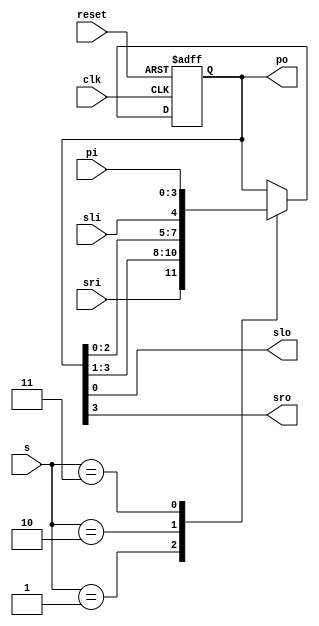
`timescale 1ns / 1ps
module usr(
 input clk, reset, 
 input [1:0]s, 
 input [3:0]pi,  // parallel data in 
 input sli,   // serial left data in
 input sri,  // serial right data in
 output reg [3:0]po, //parallel data out
 output slo, // serial left data out
 output sro// serial right data out
);
always @ (posedge clk or posedge reset) 
begin
if(reset) begin
po <= 0; end
else 
begin
case(s)
2'h1: po <= {sri,po[3:1]}; // Right Shift
2'h2: po <= {po[2:0],sli};  // Left Shift
2'h3: po <= pi; // Parallel in - Parallel out
default: po <= po; 
endcase
end
end
assign slo = po[0];
assign sro = po[3];
endmodule